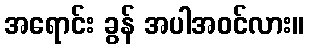
အရောင်း ခွန် အပါအဝင်လား။